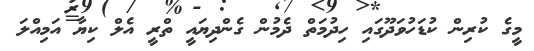
މީގެ ކުރިން ކުޑަހުވަދޫގައި ހިދުމަތް ދެމުން ގެންދިޔައީ ތްރީ އެލް ކިޔާ އަމިއްލަ